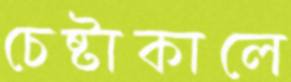
চেষ্টাকালে